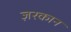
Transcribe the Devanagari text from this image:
ज़रकान